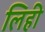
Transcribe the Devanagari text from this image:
लिही